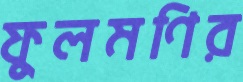
ফুলমণির